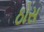
ઠોસ